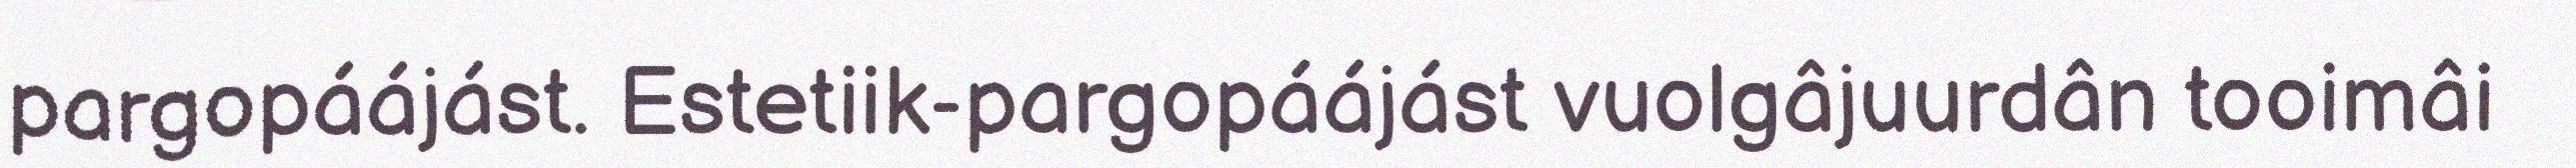
pargopáájást. Estetiik-pargopáájást vuolgâjuurdân tooimâi